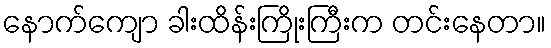
နောက်ကျော ခါးထိန်းကြိုးကြီးက တင်းနေတာ။